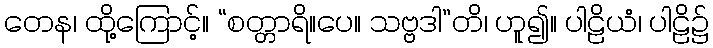
တေန၊ ထို့ကြောင့်။ “စတ္တာရိ။ပေ။ သဗ္ဗဒါ”တိ၊ ဟူ၍။ ပါဠိယံ၊ ပါဠိ၌